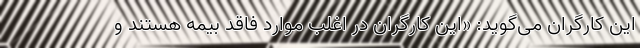
این کارگران می‌گوید: «این کارگران در اغلب موارد فاقد بیمه هستند و